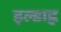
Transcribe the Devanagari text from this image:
इल्डाह्ल